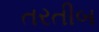
તરતીબ